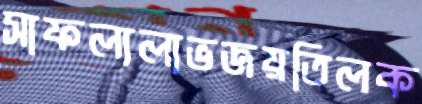
সাফল্যলাভজয়তিলক